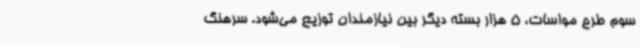
سوم طرح مواسات، 5 هزار بسته دیگر بین نیازمندان توزیع می‌شود. سرهنگ